Scottish Certificate of Education, 1962
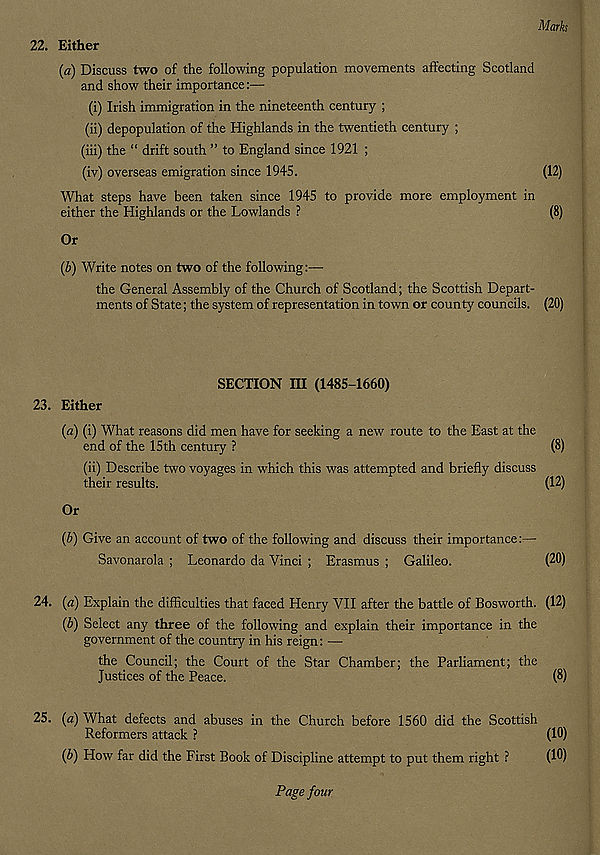
Mark
22. Either
(a) Discuss two of the following population movements affecting Scotland
and show their importance:—
(i) Irish immigration in the nineteenth century ;
(ii) depopulation of the Highlands in the twentieth century ;
(iii) the “ drift south ” to England since 1921 ;
(iv) overseas emigration since 1945.
(12)
What steps have been taken since 1945 to provide more employment in
either the Highlands or the Lowlands ?
(8)
Or
(b) Write notes on two of the following:—
the General Assembly of the Church of Scotland; the Scottish Depart-
ments of State; the system of representation in town or county councils. (20)
23. Either
SECTION III (1485-1660)
(a) (i) What reasons did men have for seeking a new route to the East at the
end of the 15 th century ?
(8)
(ii) Describe two voyages in which this was attempted and briefly discuss
their results.
(12)
Or
(b) Give an account of two of the following and discuss their importance:—
Savonarola ; Leonardo da Vinci ; Erasmus ; Galileo.
(20)
24. (a) Explain the difficulties that faced Henry VII after the battle of Bosworth. (12)
(b) Select any three of the following and explain their importance in the
government of the country in his reign: —
the Council; the Court of the Star Chamber; the Parliament; the
Justices of the Peace.
(8)
25. (a) What defects and abuses in the Church before 1560 did the Scottish
Reformers attack ?
(10)
(b) How far did the First Book of Discipline attempt to put them right ?
(10)
Page four